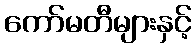
ကော်မတီများနှင့်